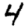
Digit: 4